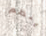
ينظم